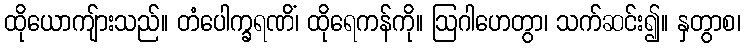
ထိုယောကျ်ားသည်။ တံပေါက္ခရဏိံ၊ ထိုရေကန်ကို။ ဩဂါဟေတွာ၊ သက်ဆင်း၍။ နှတွာစ၊